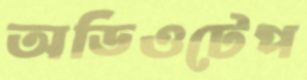
অডিওটেপ